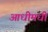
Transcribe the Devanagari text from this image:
आधीमधी